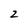
Character: 2